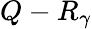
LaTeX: Q-R_{\gamma}